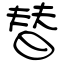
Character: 替